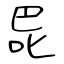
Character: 巼